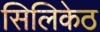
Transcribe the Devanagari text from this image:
सिलिकेठ